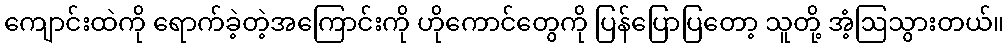
ကျောင်းထဲကို ရောက်ခဲ့တဲ့အကြောင်းကို ဟိုကောင်တွေကို ပြန်ပြောပြတော့ သူတို့ အံ့ဩသွားတယ်။